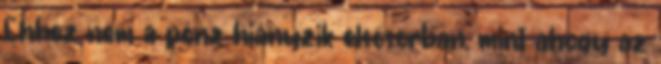
Ehhez nem a pénz hiányzik elsősorban, mint ahogy az